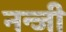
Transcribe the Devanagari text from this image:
नन्जी